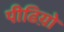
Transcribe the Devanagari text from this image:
पीढिय़ो